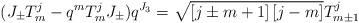
LaTeX: \begin{align*}(J_{\pm} T_{m}^{j} - q^{m} T_{m}^{j} J_{\pm}) q^{J_{3}} =\sqrt{\left[ j \pm m + 1 \right] \left[j - m \right]} T_{m \pm 1}^{j}\end{align*}